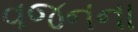
વજનના